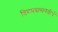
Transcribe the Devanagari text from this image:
विन्ध्यवासनतीर्थ